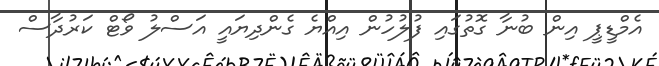
އެމްޑީޕީ އިން ބުނާ ގޮތުގައި ފުލުހުން އިއްޔެ ގެންދިޔައީ އަސްލު ވޯޓް ކަރުދާސް